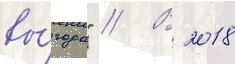
вы́годы" // В 2018